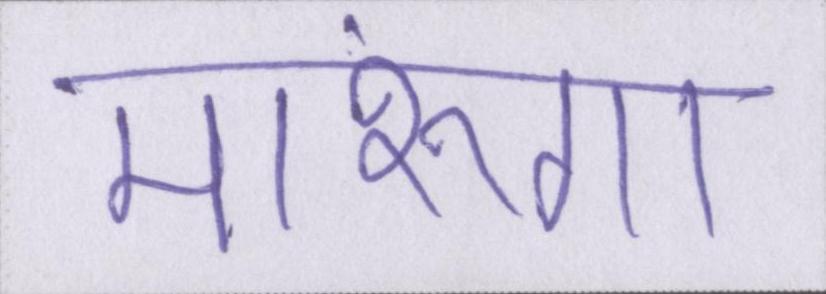
मारूंगा